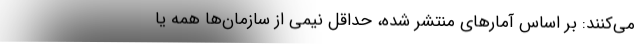
می‌کنند: بر اساس آمارهای منتشر شده، حداقل نیمی از سازمان‌ها همه یا